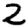
Digit: 2